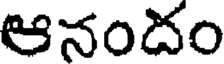
ఆనందం